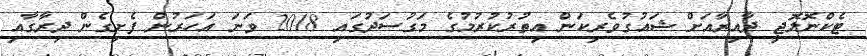
ޓެކްނޮލޮޖީ ދާއިރާއަށް ޝައުގުވެރިކަން އިތުރުކުރުމުގެ މަގުސަދުގައި 2018 ވަނަ އަހަރުން ފެށިގެން ދިރާގާއި